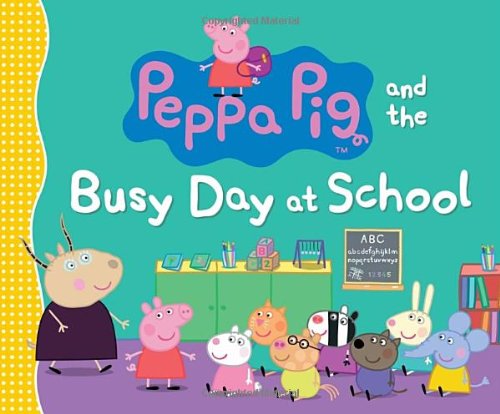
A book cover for Peppa Pig and the Busy Day at School; Candlewick Press; Children's Books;